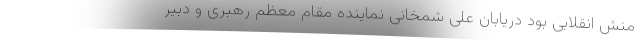
منش انقلابی بود دریابان علی شمخانی نماینده مقام معظم رهبری و دبیر